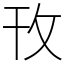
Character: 攼